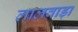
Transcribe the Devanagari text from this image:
लालवाड़ा